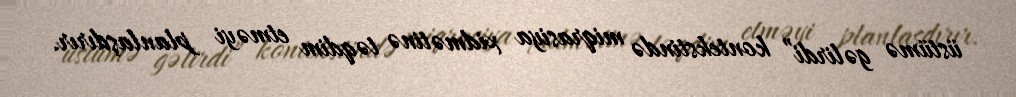
üstümə gəlirdi” kontekstində miqrasiya xidmətinə təqdim etməyi planlaşdırır.